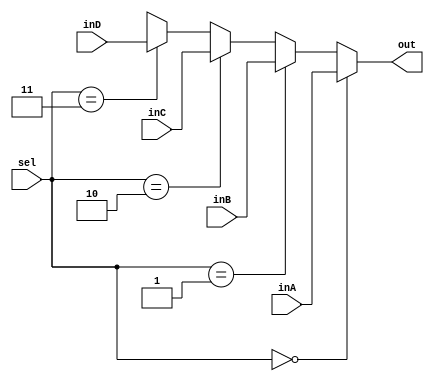
`timescale 1ns / 1ps

////////////////////////////////////////////////////////////////////////////////
// ECE369 - Computer Architecture
// 
// Module - Mux32Bit2To1.v
// Description - Performs signal multiplexing between 2 32-Bit words.
////////////////////////////////////////////////////////////////////////////////

module Mux32Bit4To1(out, inA, inB, inC, inD, sel);

    output [31:0] out;
    
    input [31:0] inA;
    input [31:0] inB;
    input [31:0] inC;
    input [31:0] inD;
    input [1:0] sel;

    /* Fill in the implementation here ... */
    
    assign out = (sel == 2'd0) ? inA :
                 (sel == 2'd1) ? inB :
                 (sel == 2'd2) ? inC :
                 (sel == 2'd3) ? inD :
                 32'bX;

endmodule